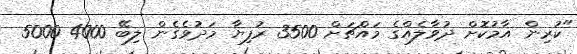
"ކުރިން އާމުކޮށް ދުވާލެއްގެ މައްޗަށް 3500 ރުފިޔާ މަދުވެގެން ލިބޭ 4000 5000